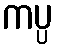
ကပ္ပ